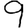
Digit: 9